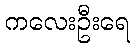
ကလေးဦးရေ